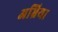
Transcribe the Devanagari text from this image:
अभ्रिया